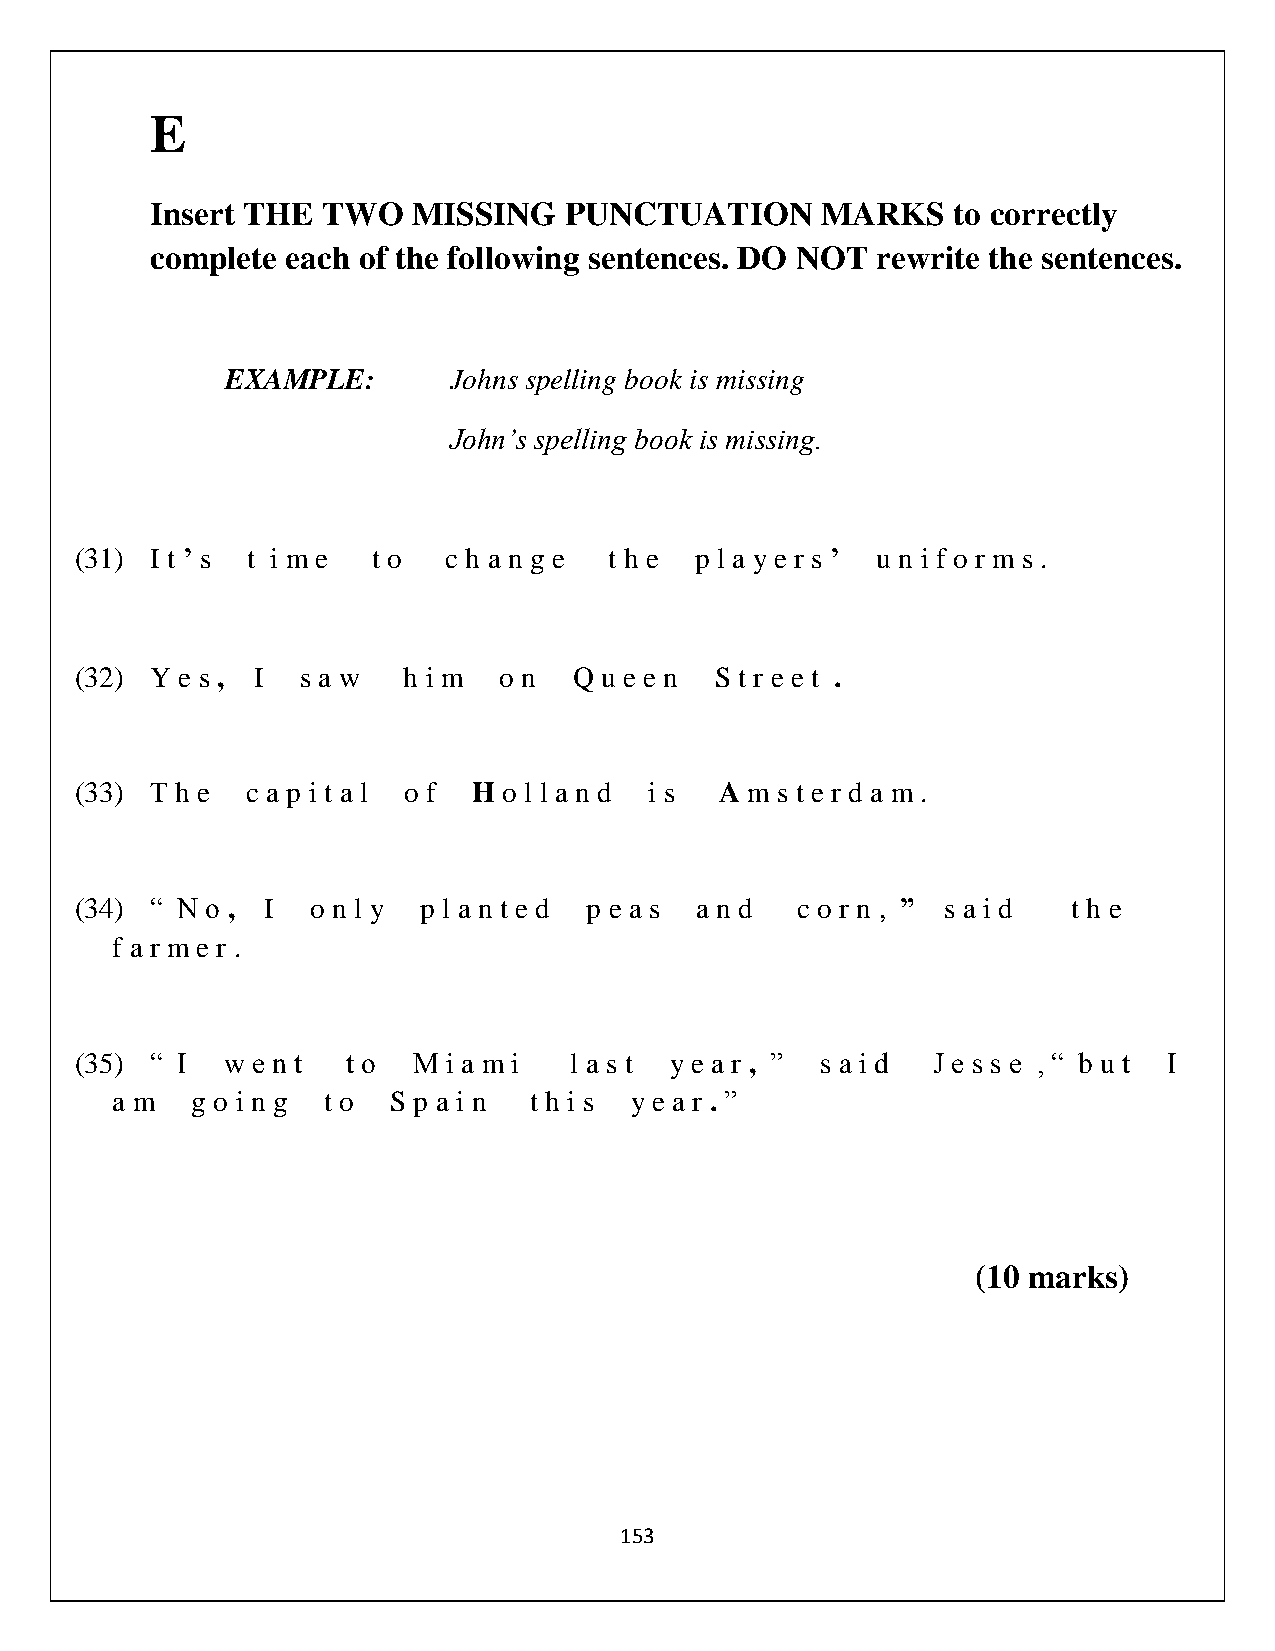
E
 Insert THE TWO   MISSING   PUNCTUATION      MARKS    to correctly
 complete each of the following sentences. DO NOT rewrite the sentences.
 EXAMPLE:       Johns spelling book is missing
 John’s spelling book is missing.
 (31) I t ’ s t i m e t o c h a n g e t h e p l a y e r s ’ u n i f o r m s .
 (32) Y e s , I s a w  h i m o n  Q u e e n S t r e e t .
 (33) T h e c a p i t a l o f H o l l a n d i s A m s t e r d a m .
 (34) “ N o , I  o n l y p l a n t e d p e a s a n d c o r n , ” s a i d t h e
 f a r m e r .
 (35) “ I  w e n t t o M  i a m i l a s t y e a r , ” s a i d J e s s e , “ b u t I
 a m   g o i n g t o S p a i n t h i s y e a r . ”
 (10 marks)
 153